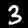
Label: 3